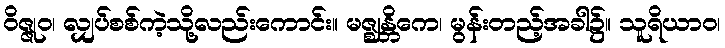
ဝိဇ္ဇုဝ၊ လျှပ်စစ်ကဲ့သို့လည်းကောင်း။ မဇ္ဈန္တိကေ၊ မွန်းတည့်အခါ၌။ သူရိယာဝ၊